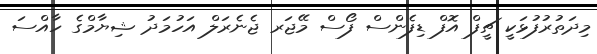
މިދަތުރުފުޅަކީ ޗީފް އޮފް ޑިފެންސް ފޯސް މޭޖަރ ޖެނެރަލް އަހުމަދު ޝިޔާމްގެ ހާއްސަ